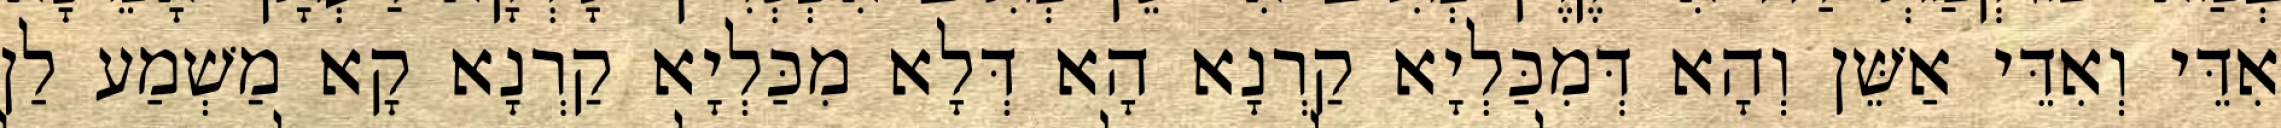
אִדֵּי וְאִדֵּי אַשֵּׁן וְהָא דְּמִכַּלְיָא קַרְנָא הָא דְּלָא מִכַּלְיָא קַרְנָא קָא מַשְׁמַע לַן